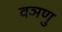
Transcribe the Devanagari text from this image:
वञणु